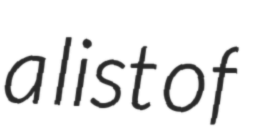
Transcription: a list of